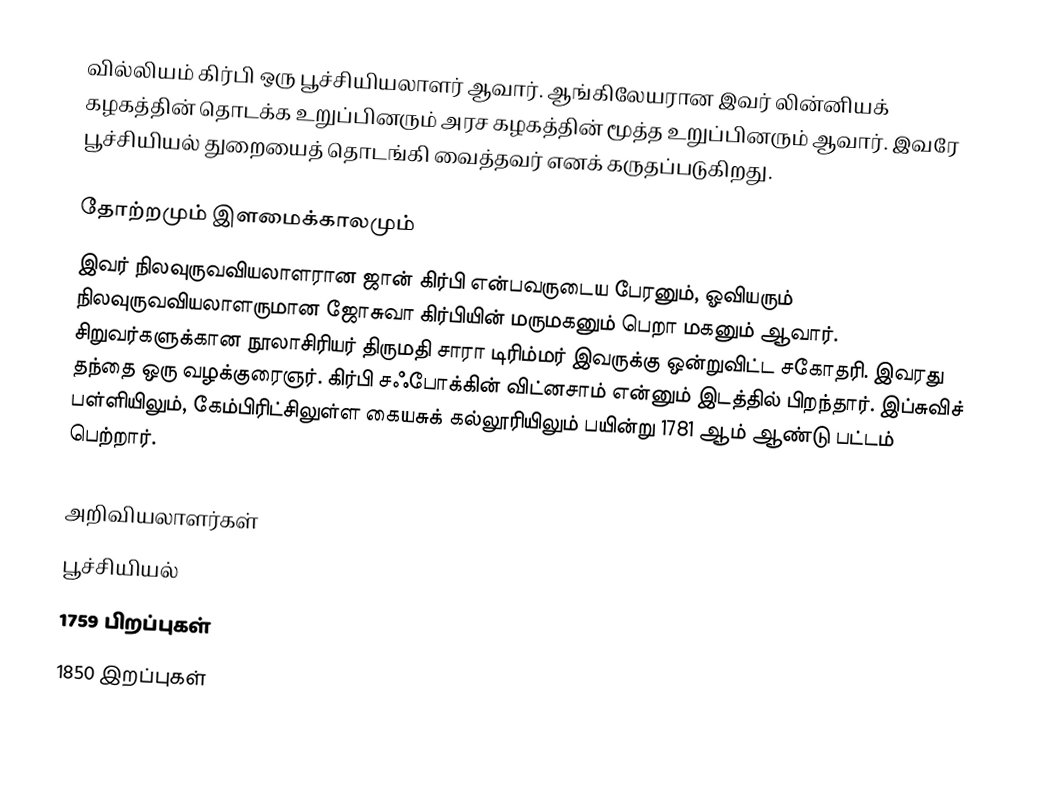
வில்லியம் கிர்பி ஒரு பூச்சியியலாளர் ஆவார். ஆங்கிலேயரான இவர் லின்னியக் கழகத்தின் தொடக்க உறுப்பினரும் அரச கழகத்தின் மூத்த உறுப்பினரும் ஆவார். இவரே பூச்சியியல் துறையைத் தொடங்கி வைத்தவர் எனக் கருதப்படுகிறது.

தோற்றமும் இளமைக்காலமும்
இவர் நிலவுருவவியலாளரான ஜான் கிர்பி என்பவருடைய பேரனும், ஓவியரும் நிலவுருவவியலாளருமான ஜோசுவா கிர்பியின் மருமகனும் பெறா மகனும் ஆவார். சிறுவர்களுக்கான நூலாசிரியர் திருமதி சாரா டிரிம்மர் இவருக்கு ஒன்றுவிட்ட சகோதரி. இவரது தந்தை ஒரு வழக்குரைஞர். கிர்பி சஃபோக்கின் விட்னசாம் என்னும் இடத்தில் பிறந்தார். இப்சுவிச் பள்ளியிலும், கேம்பிரிட்சிலுள்ள கையசுக் கல்லூரியிலும் பயின்று 1781 ஆம் ஆண்டு பட்டம் பெற்றார்.

அறிவியலாளர்கள்
பூச்சியியல்
1759 பிறப்புகள்
1850 இறப்புகள்